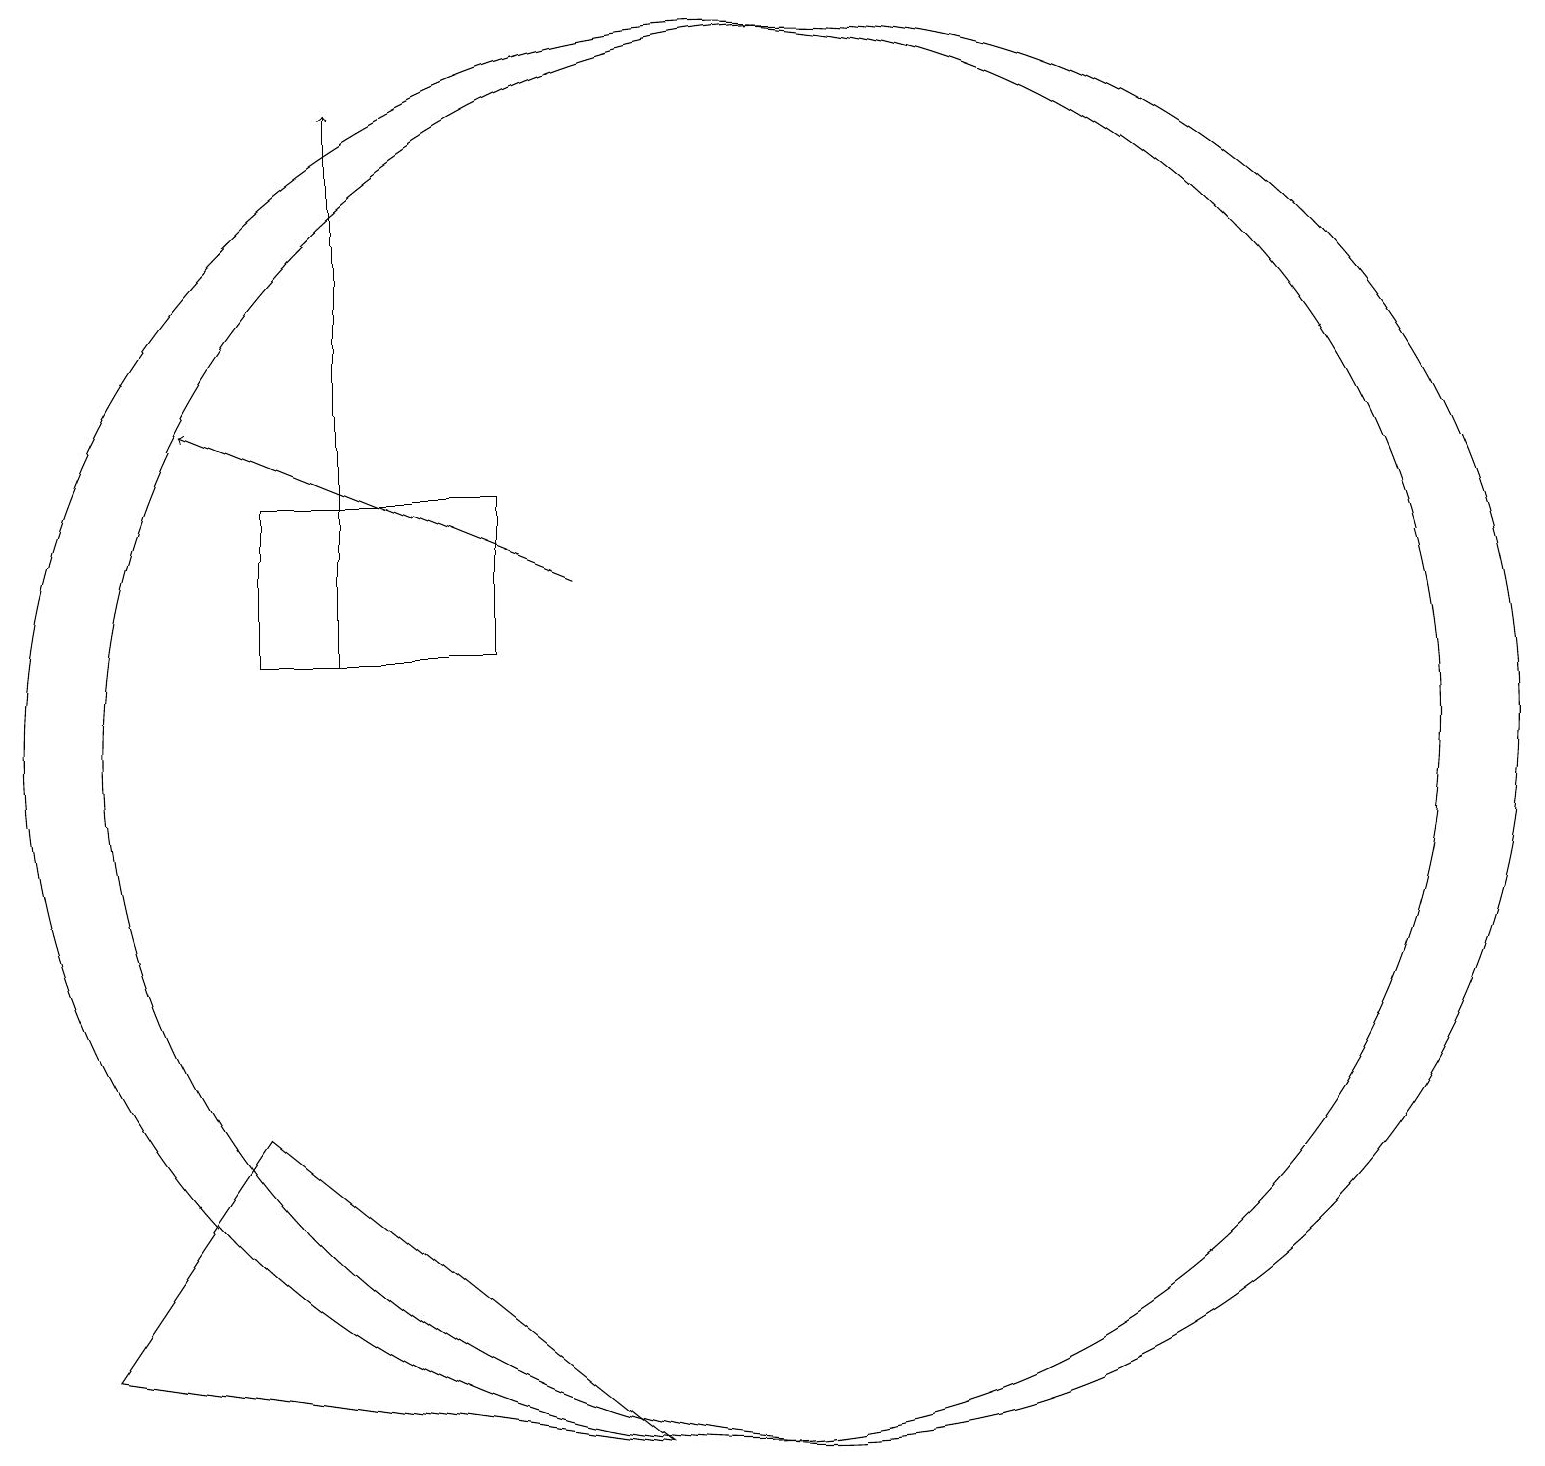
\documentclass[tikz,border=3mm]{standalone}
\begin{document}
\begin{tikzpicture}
\draw (11,10) circle (9);
\draw (10,10) circle (9);
\draw (7,11) rectangle (4,13);
\draw (2,2) -- (4,5) -- (9,1) -- cycle;
\draw[->] (8,12) -- (3,14);
\draw[->] (5,11) -- (5,18);
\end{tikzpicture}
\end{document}